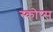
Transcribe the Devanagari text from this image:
स्कोप्स